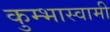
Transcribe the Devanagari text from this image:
कुम्भास्वामी